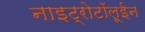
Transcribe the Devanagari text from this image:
नाइट्रोटॉलूईन